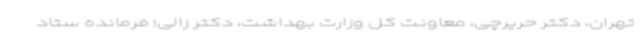
تهران، دکتر حریرچی، معاونت کل وزارت بهداشت، دکتر زالی؛ فرمانده ستاد